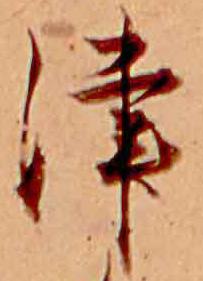
津